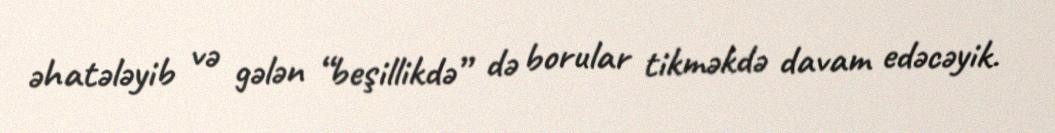
əhatələyib və gələn “beşillikdə” də borular tikməkdə davam edəcəyik.